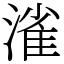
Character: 𣼎